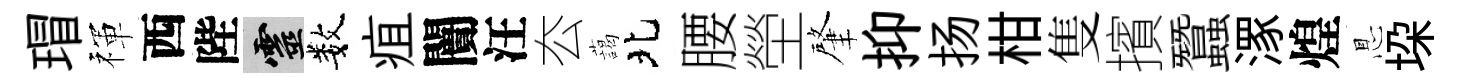
瑁禈西陛靈数疽闠汪厺藹北腰塋肇抑扬柑隻擯蠶潈煌㤙垜